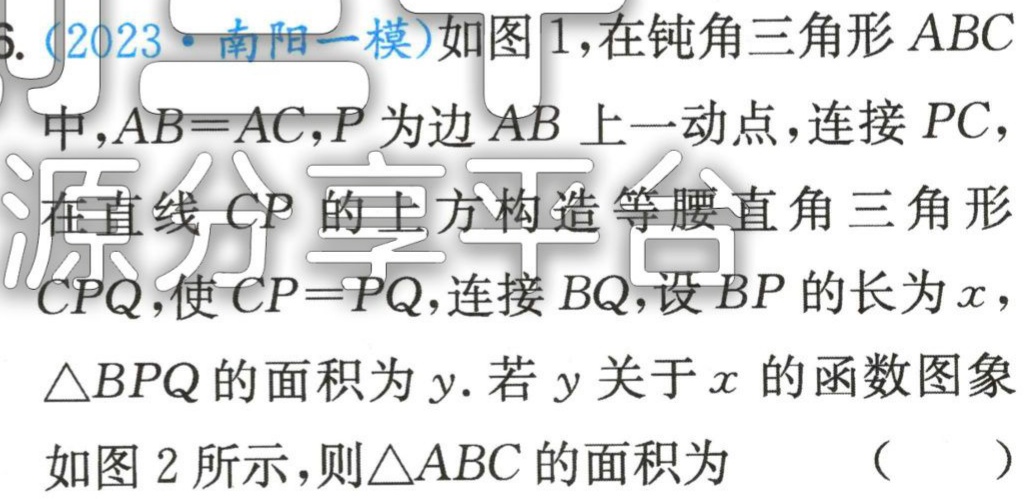
6.（2023·南阳一模）如图1，在钝角三角形 \(ABC\) 中，\(AB = AC\)，\(P\) 为边 \(AB\) 上一动点，连接 \(PC\)，在直线 \(CP\) 的上方构造等腰直角三角形 \(CPQ\)，使 \(CP = PQ\)，连接 \(BQ\)，设 \(BP\) 的长为 \(x\)，\(\triangle BPQ\) 的面积为 \(y\). 若 \(y\) 关于 \(x\) 的函数图象如图2所示，则\(\triangle ABC\) 的面积为 （  ）